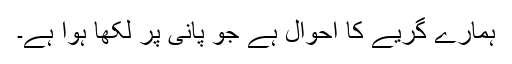
ہمارے گریے کا احوال ہے جو پانی پر لکھا ہوا ہے۔